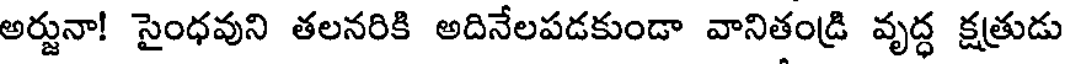
అర్జునా! సైంధవుని తలనరికి అదినేలపడకుండా వానితండ్రి వృద్ధ క్షత్రుడు